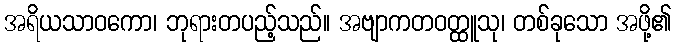
အရိယသာဝကော၊ ဘုရားတပည့်သည်။ အဗျာကတဝတ္ထူသု၊ တစ်ခုသော အဖို့၏